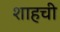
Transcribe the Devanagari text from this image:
शाहची